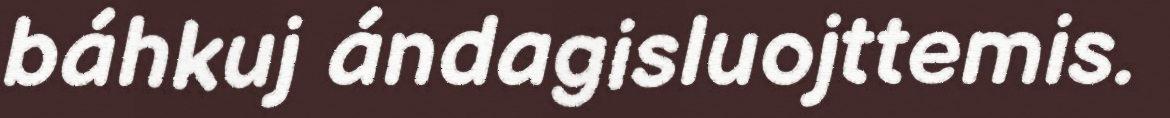
báhkuj ándagisluojttemis.